Burma Government Medical School reports 1923-41
Year: 1923
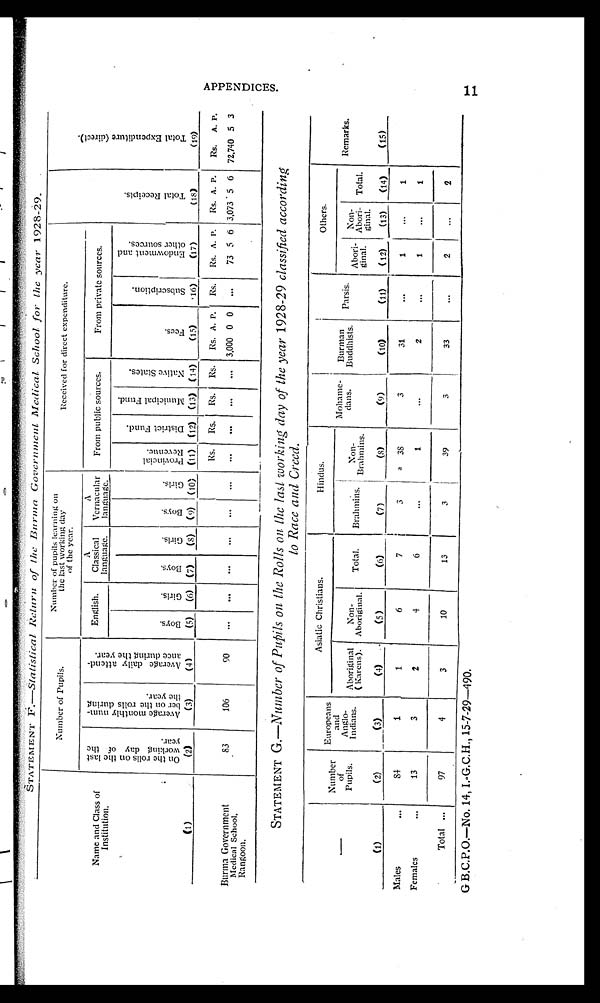
STATEMENT F. —St a l i s t i c a l Re t ur n of t he Bur ma Gove r nme nt Me di c a l Sc hool f or t he ye a r 1928- 29.
Name and Class of
Institution.
(1)
Number of Pupils.
Number of pupils learning on
t h e l a s t w o r k i n g d a y
of the year.
Received for direct expenditure.
T o t a l R e c e i p t s .
(18)
T o t a l E x p e n d i t u r e ( d i r e c t ) .
(19)
O n t h e r o l l s o n t h e l a s t
w o r k i n g d a y o f t h e
y e a r .
(2)
A v e r a g e m o n t h l y n u m -
b e r o n t h e r o l l s d u r i n g
t h e y e a r .
(3)
A v e r a g e d a i l y a t t e n d -
a n c e d u r i n g t h e y e a r .
(4)
English.
A
Classical
l a n g u a g e .
A
Vernacular
language. From public sources.
From private sources.
B o y s .
(5)
G i r l s .
(6) B o y s .
(7)
G i r l s .
(8)
Boys.
(9)
G i r l s .
(10)
P r o v i n c i a l
R e v e n u e .
(11)
D i s t r i c t F u n d .
(12)
Mu n i c i p a l F u n d .
(13)
N a t i v e s t a t e s .
(14)
F e e s .
(15)
S u b s c r i p t i o n .
( 1 6 )
E n d o w m e n t a n d
o t h e r s o u r c e s .
(17)
Burma Government
Medical School,
Rangoon.
Rs. Rs. Rs. Rs. Rs. A. P. Rs. Rs. A. P. Rs. A. P. Rs.
A . p .
83
106
90
...
. . .
. . .
. . .
...
. . .
. . .
. . .
...
. . .
3 , 0 0 0 0 0
. . .
73 5 6 3,073 5 6 72,740 5 3
STATEMENT G.—Number of Pupils on the Rolls on the last working day of the year 1928-29 classified according
to Race and Creed.
(1)
Number
of
Pupils.
(2)
Europeans
and
Anglo-
Indians.
(3)
Asiatic Christians.
Hindus.
Mohame-
dans.
(9)
Burman
Buddhists.
(10)
p a r s i s
(11)
Others.
Remarks.
(15)
Aboriginal
(Karens).
(4) ..
Non-
Aboriginal.
(5)
Total.
(6)
Brahmins'
(7)
I
Non-
Brahmins.
(8)
Abori-
ginal.
(12)
N o n -
Abori-
ginal.
(13)
Total.
(14)
Males
...
84
1
1
6
7
3
3 8
3
31
...
1
...
1
Females
...
13
3
2
4
6
...
1
...
2
...
1
...
1
Total ...
97
4
3
10
13
3
39
3
33
...
2
...
2
G B.C.P.O.—No. 14,I.-G.C.H., 15-7-29-490.